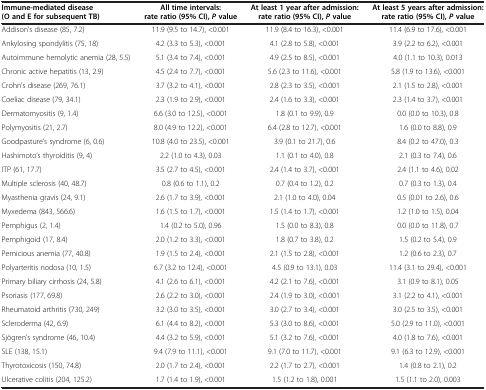
<table><thead><tr><td><b>Immune-mediated disease (O and E for subsequent TB)</b></td><td><b>All time intervals: rate ratio (95% CI), <i>P </i>value</b></td><td><b>At least 1 year after admission: rate ratio (95% CI), <i>P </i>value</b></td><td><b>At least 5 years after admission: rate ratio (95% CI), <i>P </i>value</b></td></tr></thead><tbody><tr><td>Addison’s disease (85, 7.2)</td><td>11.9 (9.5 to 14.7), &lt;0.001</td><td>11.9 (8.4 to 16.3), &lt;0.001</td><td>11.4 (6.9 to 17.6), &lt;0.001</td></tr><tr><td>Ankylosing spondylitis (75, 18)</td><td>4.2 (3.3 to 5.3), &lt;0.001</td><td>4.1 (2.8 to 5.8), &lt;0.001</td><td>3.9 (2.2 to 6.2), &lt;0.001</td></tr><tr><td>Autoimmune hemolytic anemia (28, 5.5)</td><td>5.1 (3.4 to 7.4), &lt;0.001</td><td>4.9 (2.5 to 8.5), &lt;0.001</td><td>4.0 (1.1 to 10.3), 0.013</td></tr><tr><td>Chronic active hepatitis (13, 2.9)</td><td>4.5 (2.4 to 7.7), &lt;0.001</td><td>5.6 (2.3 to 11.6), &lt;0.001</td><td>5.8 (1.9 to 13.6), &lt;0.001</td></tr><tr><td>Crohn’s disease (269, 76.1)</td><td>3.7 (3.2 to 4.1), &lt;0.001</td><td>2.8 (2.3 to 3.5), &lt;0.001</td><td>2.1 (1.5 to 2.8), &lt;0.001</td></tr><tr><td>Coeliac disease (79, 34.1)</td><td>2.3 (1.9 to 2.9), &lt;0.001</td><td>2.4 (1.6 to 3.3), &lt;0.001</td><td>2.3 (1.4 to 3.7), &lt;0.001</td></tr><tr><td>Dermatomyositis (9, 1.4)</td><td>6.6 (3.0 to 12.5), &lt;0.001</td><td>1.8 (0.1 to 9.9), 0.9</td><td>0.0 (0.0 to 10.3), 0.8</td></tr><tr><td>Polymyositis (21, 2.7)</td><td>8.0 (4.9 to 12.2), &lt;0.001</td><td>6.4 (2.8 to 12.7), &lt;0.001</td><td>1.6 (0.0 to 8.8), 0.9</td></tr><tr><td>Goodpasture’s syndrome (6, 0.6)</td><td>10.8 (4.0 to 23.5), &lt;0.001</td><td>3.9 (0.1 to 21.7), 0.6</td><td>8.4 (0.2 to 47.0), 0.3</td></tr><tr><td>Hashimoto’s thyroiditis (9, 4)</td><td>2.2 (1.0 to 4.3), 0.03</td><td>1.1 (0.1 to 4.0), 0.8</td><td>2.1 (0.3 to 7.4), 0.6</td></tr><tr><td>ITP (61, 17.7)</td><td>3.5 (2.7 to 4.5), &lt;0.001</td><td>2.4 (1.4 to 3.7), &lt;0.001</td><td>2.4 (1.1 to 4.6), 0.02</td></tr><tr><td>Multiple sclerosis (40, 48.7)</td><td>0.8 (0.6 to 1.1), 0.2</td><td>0.7 (0.4 to 1.2), 0.2</td><td>0.7 (0.3 to 1.3), 0.4</td></tr><tr><td>Myasthenia gravis (24, 9.1)</td><td>2.6 (1.7 to 3.9), &lt;0.001</td><td>2.1 (1.0 to 4.0), 0.04</td><td>0.5 (0.01 to 2.6), 0.6</td></tr><tr><td>Myxedema (843, 566.6)</td><td>1.6 (1.5 to 1.7), &lt;0.001</td><td>1.5 (1.4 to 1.7), &lt;0.001</td><td>1.2 (1.0 to 1.5), 0.04</td></tr><tr><td>Pemphigus (2, 1.4)</td><td>1.4 (0.2 to 5.0), 0.96</td><td>1.5 (0.0 to 8.3), 0.8</td><td>0.0 (0.0 to 11.8), 0.7</td></tr><tr><td>Pemphigoid (17, 8.4)</td><td>2.0 (1.2 to 3.3), &lt;0.001</td><td>1.8 (0.7 to 3.8), 0.2</td><td>1.5 (0.2 to 5.4), 0.9</td></tr><tr><td>Pernicious anemia (77, 40.8)</td><td>1.9 (1.5 to 2.4), &lt;0.001</td><td>2.1 (1.5 to 2.8), &lt;0.001</td><td>1.2 (0.6 to 2.3), 0.7</td></tr><tr><td>Polyarteritis nodosa (10, 1.5)</td><td>6.7 (3.2 to 12.4), &lt;0.001</td><td>4.5 (0.9 to 13.1), 0.03</td><td>11.4 (3.1 to 29.4), &lt;0.001</td></tr><tr><td>Primary biliary cirrhosis (24, 5.8)</td><td>4.1 (2.6 to 6.1), &lt;0.001</td><td>4.2 (2.1 to 7.6), &lt;0.001</td><td>3.1 (0.9 to 8.1), 0.05</td></tr><tr><td>Psoriasis (177, 69.8)</td><td>2.6 (2.2 to 3.0), &lt;0.001</td><td>2.4 (1.9 to 3.0), &lt;0.001</td><td>3.1 (2.2 to 4.1), &lt;0.001</td></tr><tr><td>Rheumatoid arthritis (730, 249)</td><td>3.2 (3.0 to 3.5), &lt;0.001</td><td>3.0 (2.7 to 3.4), &lt;0.001</td><td>3.0 (2.5 to 3.5), &lt;0.001</td></tr><tr><td>Scleroderma (42, 6.9)</td><td>6.1 (4.4 to 8.2), &lt;0.001</td><td>5.3 (3.0 to 8.6), &lt;0.001</td><td>5.0 (2.9 to 11.0), &lt;0.001</td></tr><tr><td>Sjögren’s syndrome (46, 10.4)</td><td>4.4 (3.2 to 5.9), &lt;0.001</td><td>5.1 (3.2 to 7.6), &lt;0.001</td><td>4.0 (1.8 to 7.6), &lt;0.001</td></tr><tr><td>SLE (138, 15.1)</td><td>9.4 (7.9 to 11.1), &lt;0.001</td><td>9.1 (7.0 to 11.7), &lt;0.001</td><td>9.1 (6.3 to 12.9), &lt;0.001</td></tr><tr><td>Thyrotoxicosis (150, 74.8)</td><td>2.0 (1.7 to 2.4), &lt;0.001</td><td>2.2 (1.7 to 2.7), &lt;0.001</td><td>1.4 (0.8 to 2.1), 0.2</td></tr><tr><td>Ulcerative colitis (204, 125.2)</td><td>1.7 (1.4 to 1.9), &lt;0.001</td><td>1.5 (1.2 to 1.8), 0.001</td><td>1.5 (1.1 to 2.0), 0.003</td></tr></tbody></table>